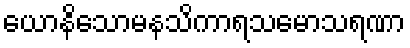
ယောနိသောမနသိကာရသမောသရဏာ